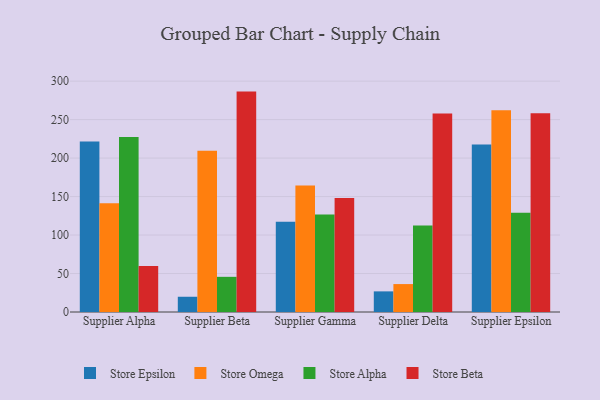
{"axis": {"x": "Supplier", "y": "Backlog"}, "legend": ["Store Alpha", "Store Beta", "Store Epsilon", "Store Omega"], "data": [{"x": "Supplier Alpha", "y": 221.5, "type": "Store Epsilon"}, {"x": "Supplier Alpha", "y": 141.4, "type": "Store Omega"}, {"x": "Supplier Alpha", "y": 227.4, "type": "Store Alpha"}, {"x": "Supplier Alpha", "y": 59.9, "type": "Store Beta"}, {"x": "Supplier Beta", "y": 19.8, "type": "Store Epsilon"}, {"x": "Supplier Beta", "y": 209.6, "type": "Store Omega"}, {"x": "Supplier Beta", "y": 45.7, "type": "Store Alpha"}, {"x": "Supplier Beta", "y": 286.4, "type": "Store Beta"}, {"x": "Supplier Gamma", "y": 117.4, "type": "Store Epsilon"}, {"x": "Supplier Gamma", "y": 164.5, "type": "Store Omega"}, {"x": "Supplier Gamma", "y": 126.8, "type": "Store Alpha"}, {"x": "Supplier Gamma", "y": 148.1, "type": "Store Beta"}, {"x": "Supplier Delta", "y": 26.8, "type": "Store Epsilon"}, {"x": "Supplier Delta", "y": 36.3, "type": "Store Omega"}, {"x": "Supplier Delta", "y": 112.4, "type": "Store Alpha"}, {"x": "Supplier Delta", "y": 257.8, "type": "Store Beta"}, {"x": "Supplier Epsilon", "y": 217.7, "type": "Store Epsilon"}, {"x": "Supplier Epsilon", "y": 262.2, "type": "Store Omega"}, {"x": "Supplier Epsilon", "y": 128.9, "type": "Store Alpha"}, {"x": "Supplier Epsilon", "y": 258.2, "type": "Store Beta"}]}